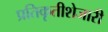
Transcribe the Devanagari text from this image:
प्रतिकृतीशेजारी